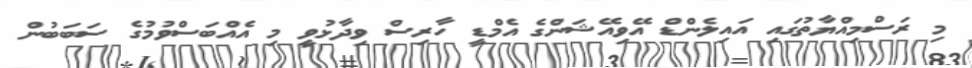
މި ރަސްމިއްޔާތުގައި އައިލެންޑް އޭވިއޭޝަންގެ އެމްޑީ ހާރިސް ވިދާޅުވީ މި އެއްބަސްވުމުގެ ސަބަބުން